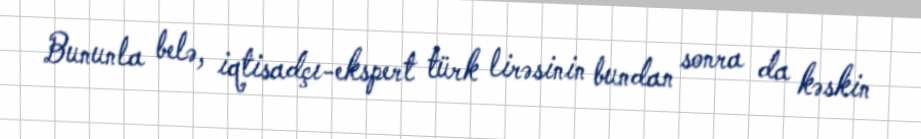
Bununla belə, iqtisadçı-ekspert türk lirəsinin bundan sonra da kəskin